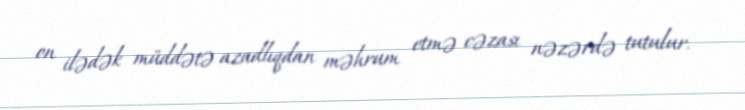
on ilədək müddətə azadlıqdan məhrum etmə cəzası nəzərdə tutulur.